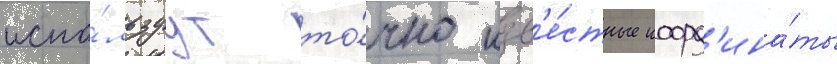
испо́льзуут то́чно изв'е́стные коорд'ина́ты